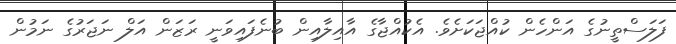
ފަލަސްތީނުގެ އަންހެން ކުއްޖަކަށެވެ. އެކުއްޖާގެ އާއިލާއިން ބުނެފައިވަނީ ރަޒަން އަލް ނަޖަރުގެ ނަމުން